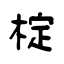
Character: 椗